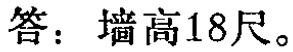
答：墙高18尺。